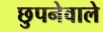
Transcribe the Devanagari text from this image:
छुपनेवाले